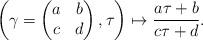
LaTeX: \begin{align*}\left(\gamma=\begin{pmatrix}a & b\\c & d\\\end{pmatrix}, \tau\right)\mapsto\frac{a\tau+b}{c\tau+d}.\end{align*}